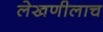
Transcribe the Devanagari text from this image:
लेखणीलाच